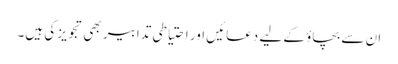
ان سے بچاؤ کے لیے دعائیں اور احتیاطی تدابیر بھی تجویز کی ہیں۔